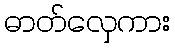
ဓာတ်လှေကား